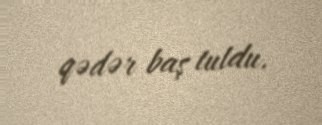
qədər baş tutdu.